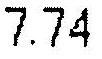
7.74